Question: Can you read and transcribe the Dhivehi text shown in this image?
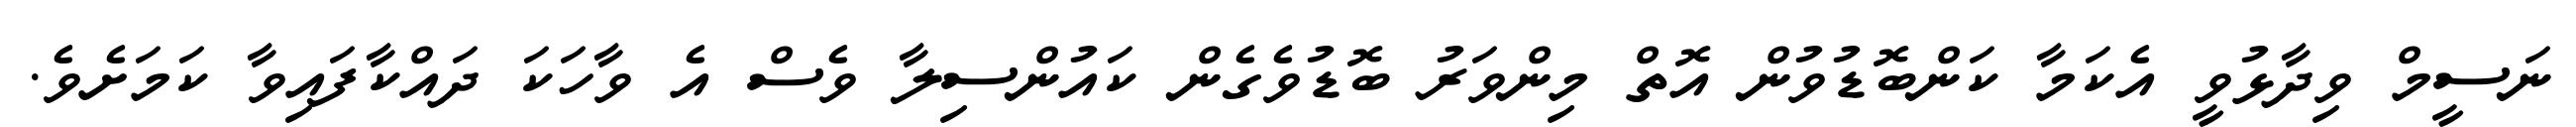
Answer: ނަސީމް ވިދާޅުވީ އެކަމާ ކަންބޮޑުވުން އޮތް މިންވަރު ބޮޑުވެގެން ކައުންސިލާ ވެސް އެ ވާހަކަ ދައްކާފައިވާ ކަމަށެވެ.